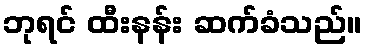
ဘုရင် ထီးနန်း ဆက်ခံသည်။